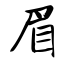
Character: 眉